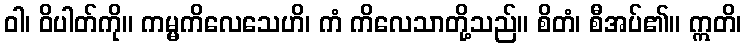
ဝါ၊ ဝိပါတ်ကို။ ကမ္မကိလေသေဟိ၊ ကံ ကိလေသာတို့သည်။ စိတံ၊ စီအပ်၏။ ဣတိ၊